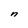
Character: n